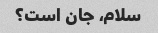
سلام، جان است؟